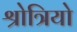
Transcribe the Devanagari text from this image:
श्रोत्रियो